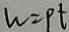
w = P t